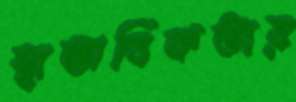
স্বাভাবিকতায়